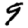
Digit: 9